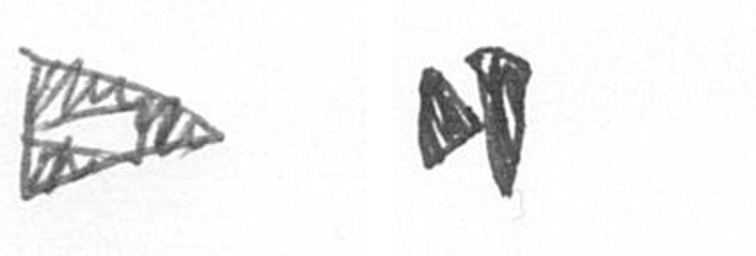
K M